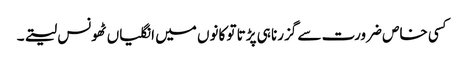
کسی خاص ضرورت سے گزرنا ہی پڑتا تو کانوں میں انگلیاں ٹھونس لیتے۔